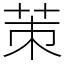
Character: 茦